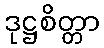
ဒုဋ္ဌစိတ္တာ